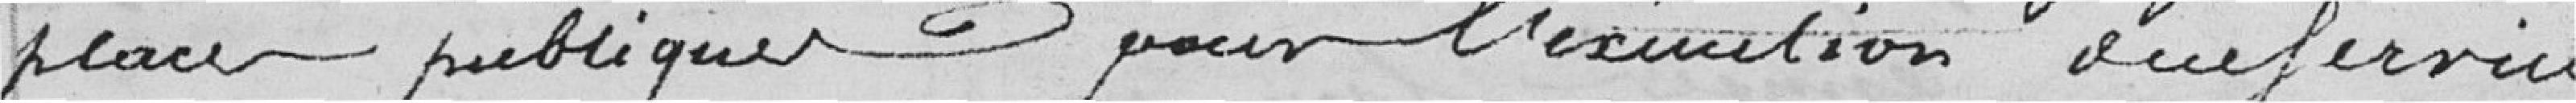
places publiques pour l'exécution du service